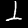
Digit: 1